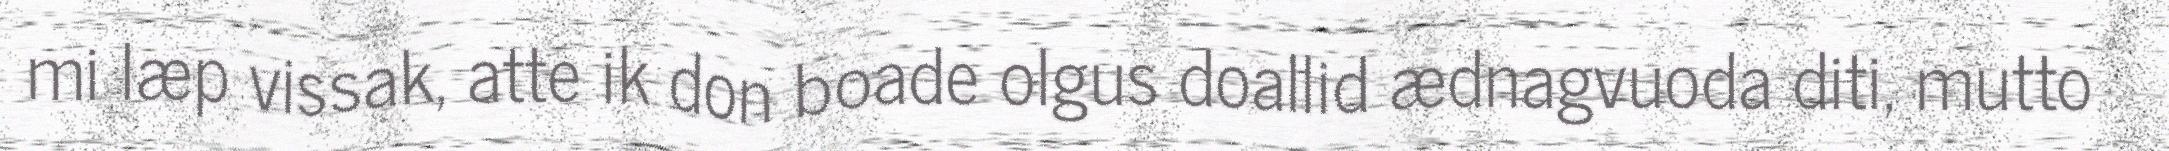
mi læp vissak, atte ik don boade olgus doallid ædnagvuoda diti, mutto